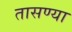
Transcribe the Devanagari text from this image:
तासण्या